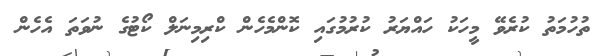
ތުހުމަތު ކުރެވޭ މީހަކު ހައްޔަރު ކުރުމުގައި ކޮންމެހެން ކްރިމިނަލް ކޯޓުގެ ނުވަތަ އެހެން